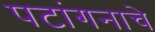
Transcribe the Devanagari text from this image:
पटांगनाचे